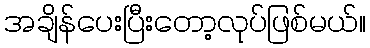
အချိန်ပေးပြီးတော့လုပ်ဖြစ်မယ်။